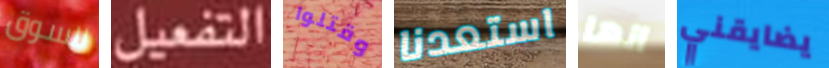
للسوق التفعيل وقتلوا استعدنا انها يضايقني